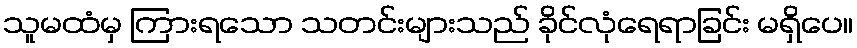
သူမထံမှ ကြားရသော သတင်းများသည် ခိုင်လုံရေရာခြင်း မရှိပေ။